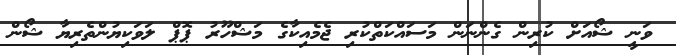
ވަނީ ޝޯއަށް ކުރިން ގެންނަން މަސައްކަތްކުރި ޖެމެއިކާގެ މަޝްހޫރު ޕޮޕް ލަވަކިޔުންތެރިޔާ ޝޯން